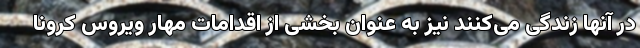
در آنها زندگی می‌کنند نیز به عنوان بخشی از اقدامات مهار ویروس کرونا